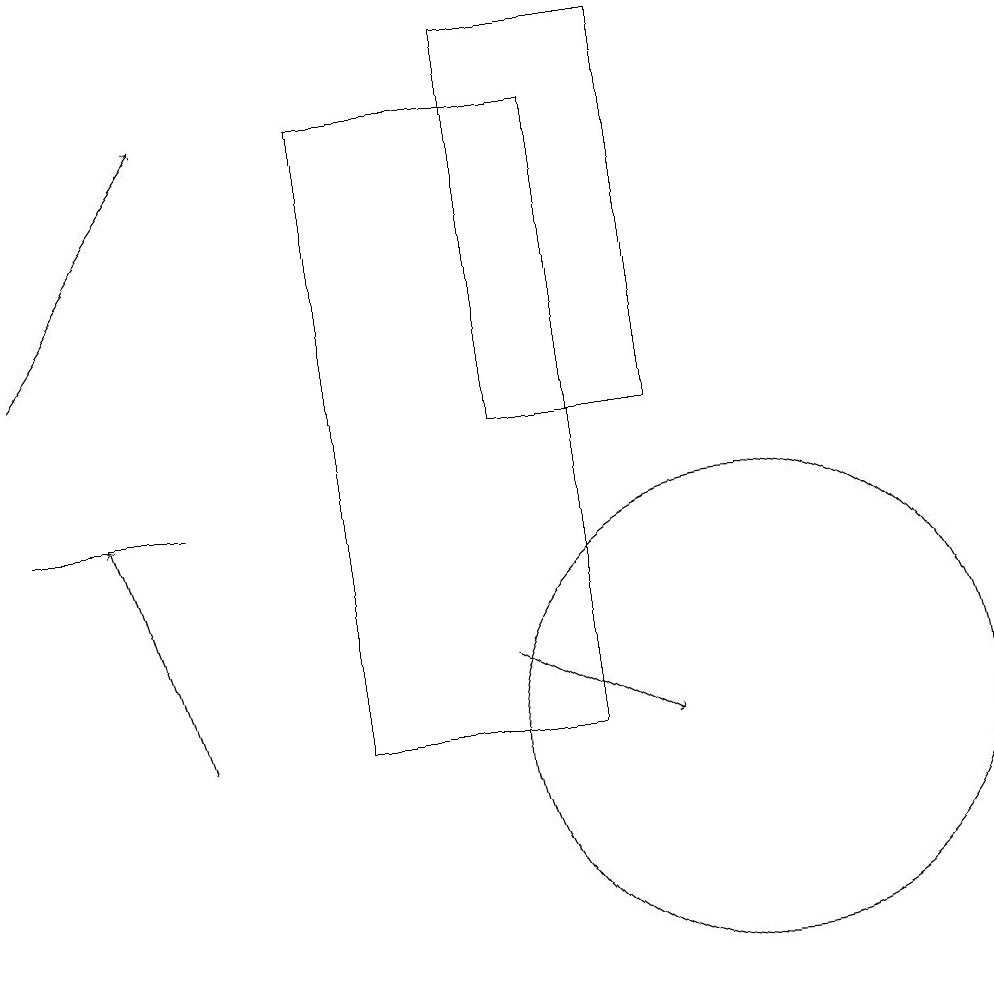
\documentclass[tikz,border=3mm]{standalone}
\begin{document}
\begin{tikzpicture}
\draw[->] (3,10) -- (2,13);
\draw[->] (1,15) -- (3,18);
\draw (8,18) rectangle (5,10);
\draw (10,10) circle (3);
\draw[->] (7,11) -- (9,10);
\draw (1,13) rectangle (3,13);
\draw (7,19) rectangle (9,14);
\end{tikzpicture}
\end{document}